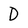
Character: D